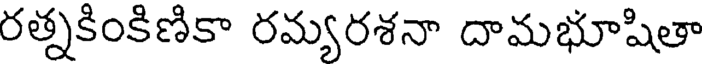
రత్నకింకిణికా రమ్యరశనా దామభూషితా